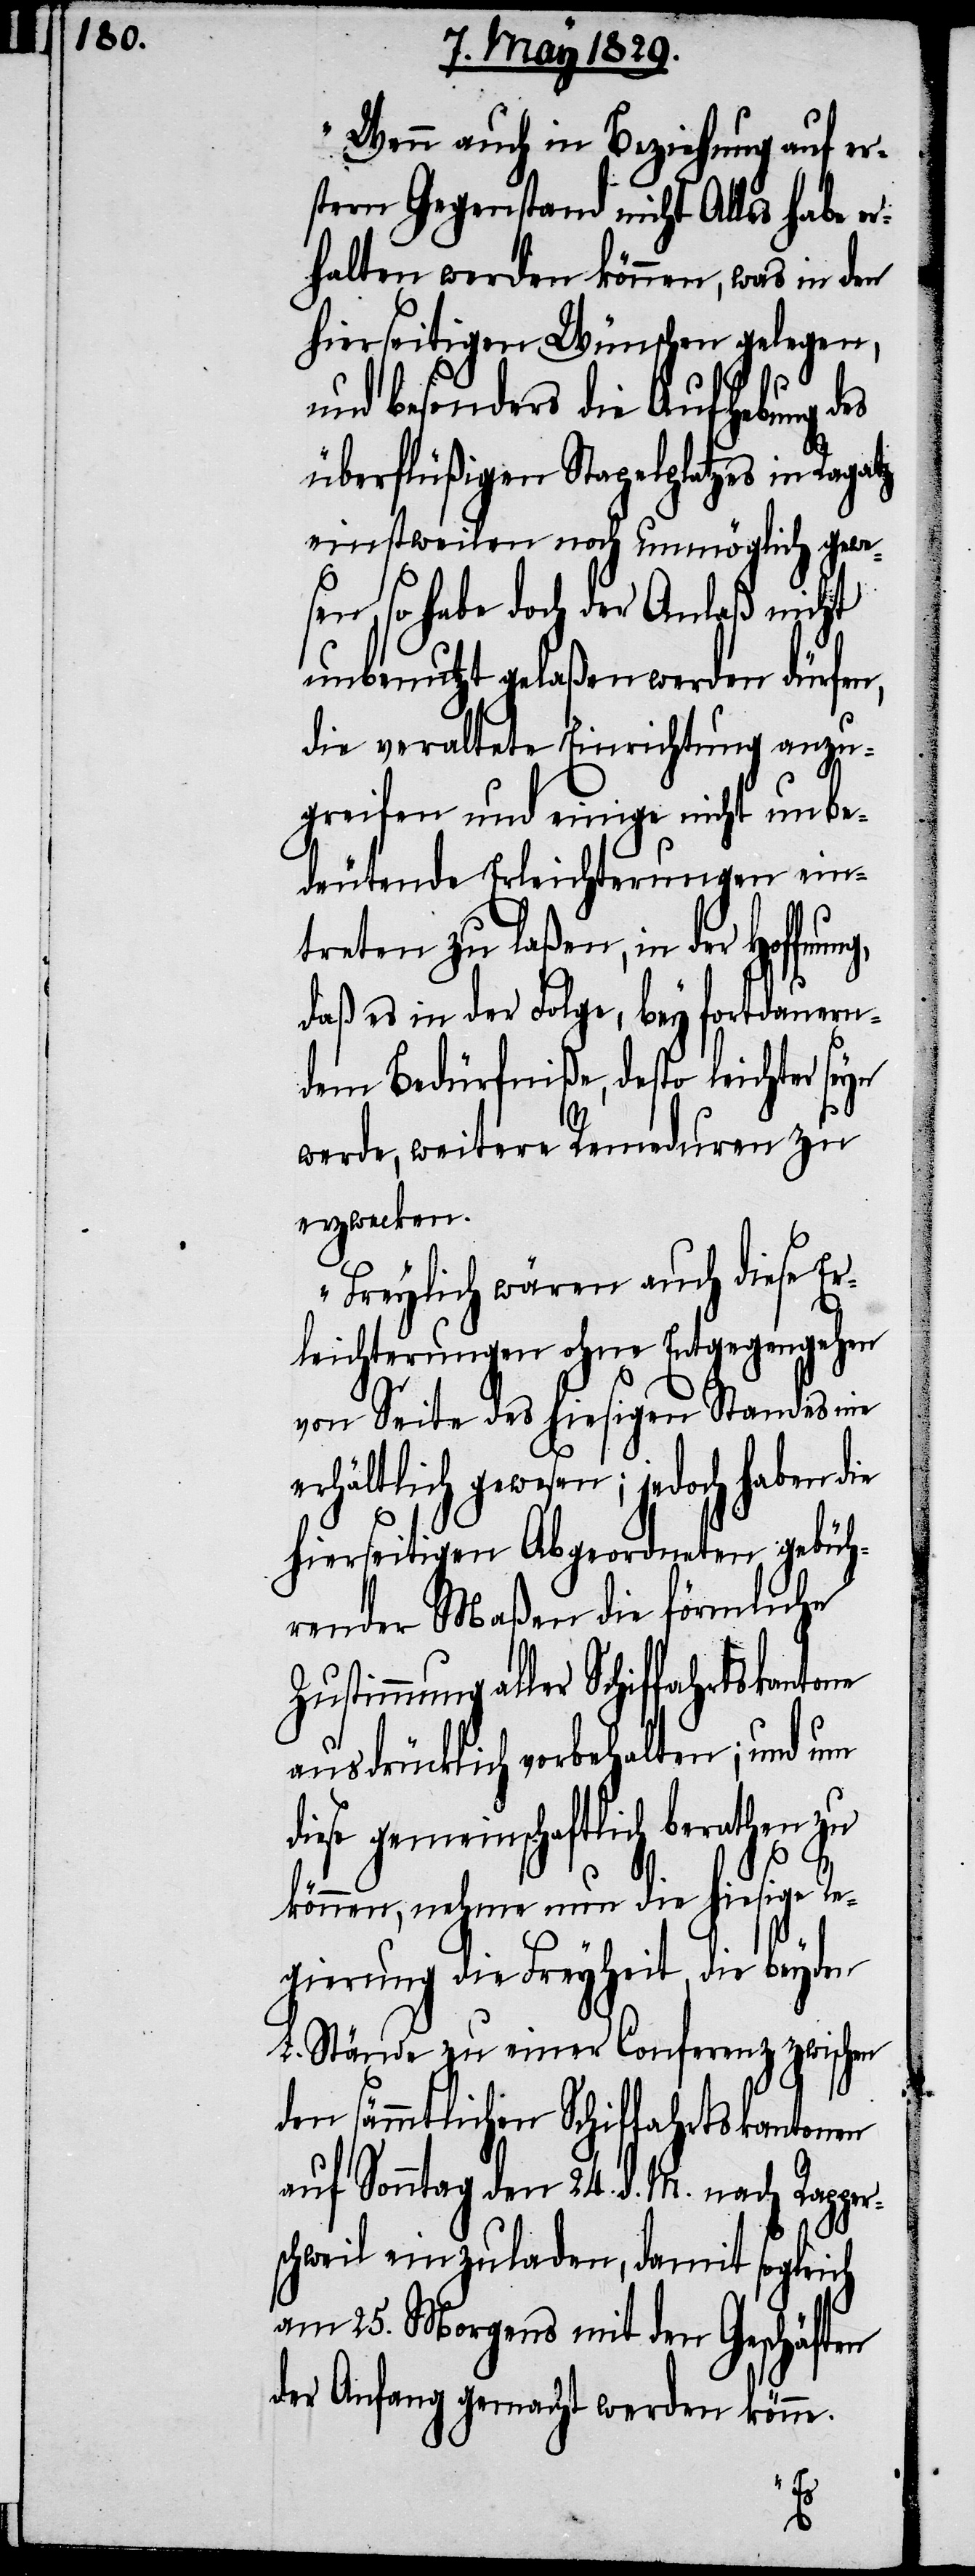
Wenn auch in Beziehung auf er¬
stern Gegenstand nicht Alles habe er¬
halten werden können, was in den
hierseitigen Wünschen gelegen,
und besonders die Aufhebung des
überflüßigen Stapelgesetzes in
einstweilen noch unmöglich gewes¬
en, so habe doch der Anlaß nicht
unbenutzt gelaßen werden dürfen,
die veraltete Einrichtung anzu¬
greifen und einige nicht unbe¬
deutende Erleichterungen ein¬
treten zu laßen, in der Hoffn¬
daß es in der Folge, bey fortdauern¬
dem Bedürfniße, desto leichter seyn
werde, weitere Remeduren zu
erzwecken.
Freylich wären auch diese Er¬
leichterungen ohne Entgegengehen
von Seite des hiesigen Standes nie
erhältlich gewesen; jedoch haben die
hierseitigen Abgeordneten gebüh¬
render Maßen die förmliche
Zustimmung aller Schiffahrtskan¬
ausdrücklich vorbehalten; und um
diese gemeinschaftlich berathen zu
können, nehme nun die hiesige Re¬
gierung die Freyheit, die beyden
L. Stände zu einer Conferenz zwischen
den sämmtlichen Schiffahrtskantonen
auf Sonntag den 24. d. M. nach Rapper¬
schweil einzuladen, damit sogleich
am 25. Morgens mit den Geschäften
der Anfang gemacht werden könne.

tone